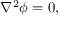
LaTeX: { \nabla } ^ { 2 } \phi = 0 ,